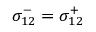
\sigma _ { 1 2 } ^ { - } = \sigma _ { 1 2 } ^ { + }